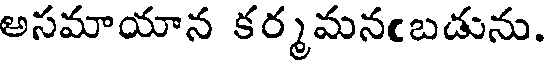
అసమాయాన కర్మమనంబడును.